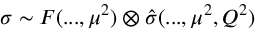
\sigma \sim F ( . . . , \mu ^ { 2 } ) \otimes \hat { \sigma } ( . . . , \mu ^ { 2 } , Q ^ { 2 } )